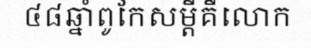
៤៨ឆ្នាំពូកែសម្តីគឺលោក